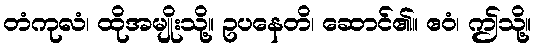
တံကုလံ၊ ထိုအမျိုးသို့။ ဥပနေတိ၊ ဆောင်၏။ ဧဝံ၊ ဤသို့။